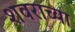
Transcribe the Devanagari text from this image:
शवराच्या